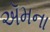
ઍમના